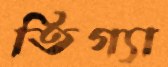
তিগ্যা